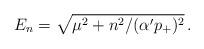
LaTeX: \begin{align*}E_{n}=\sqrt{\mu^{2}+n^{2}/(\alpha^{\prime}p_{+})^{2}}\,.\end{align*}